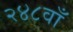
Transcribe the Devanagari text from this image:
२४८वाँ